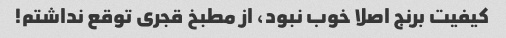
کیفیت برنج اصلا خوب نبود، از مطبخ قجری توقع نداشتم!